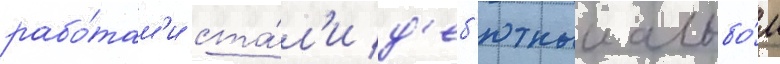
рабо́там'и ста́л'и д'еб'ютныи альбо́м